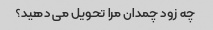
چه زود چمدان مرا تحویل می دهید؟